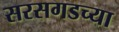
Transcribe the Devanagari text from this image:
सरसगडच्या